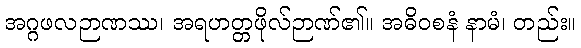
အဂ္ဂဖလဉာဏဿ၊ အရဟတ္တဖိုလ်ဉာဏ်၏။ အဓိဝစနံ နာမံ၊ တည်း။